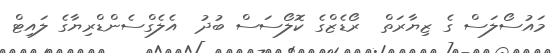
މައުސޯލަސް ގެ ޒިޔާރަތް  ރޯޑެޒްގެ ކޮލޯސަސް ބުދު  އެލެގްސެންޑްރިޔާގެ ލައިޓް